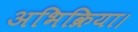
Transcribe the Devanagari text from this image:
अभिक्रिया।